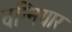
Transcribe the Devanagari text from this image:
वन्नियार